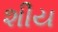
શીય